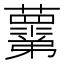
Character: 𧃣